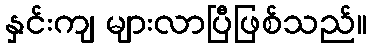
နှင်းကျ များလာပြီဖြစ်သည်။